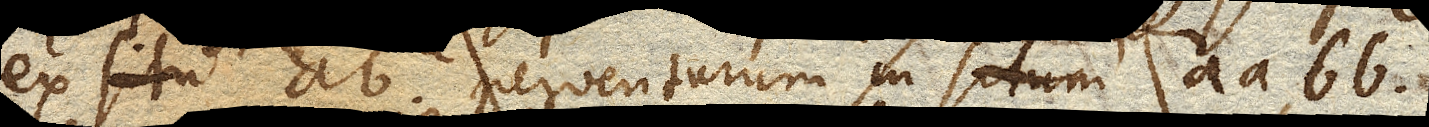
ex situ ab perventurum in situm aa bb